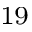
^ { 1 9 }